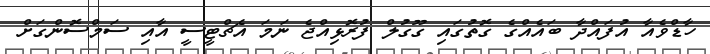
ހާޑްވެއާ އުފައްދާ ބައެއްގެ ގޮތުގައި ގޫގުލް ފުރޮޅިއްޖެ ނަމަ އެޗްޓީސީ އާއި ސަމްސޮންގަށް